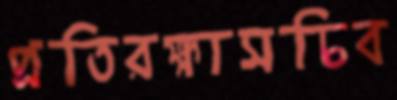
প্রতিরক্ষাসচিব